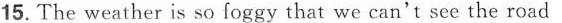
15. The weather is so foggy that we can't see the road